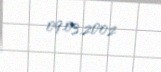
09.03.2002